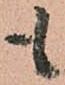
も